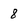
Character: 8